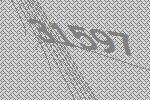
31597